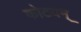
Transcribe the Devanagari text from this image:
कोटयम्